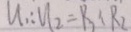
u _ { 1 } : u _ { 2 } = R _ { 3 } : R _ { 2 }